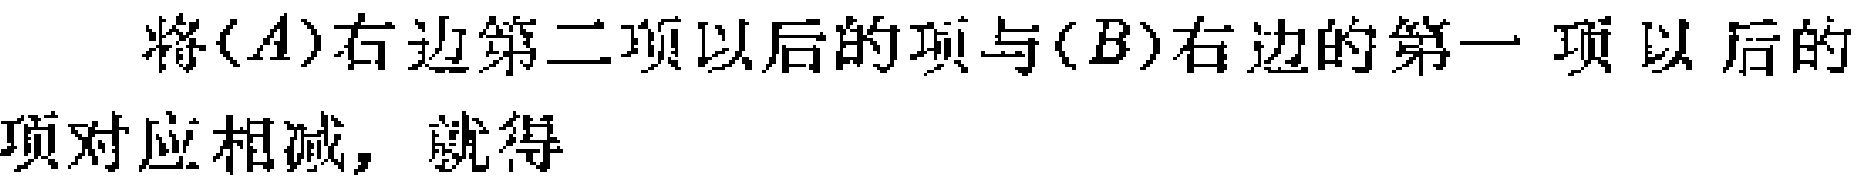
将$(A)$右边第二项以后的项与$(B)$右边的第一项以后的项对应相减，就得